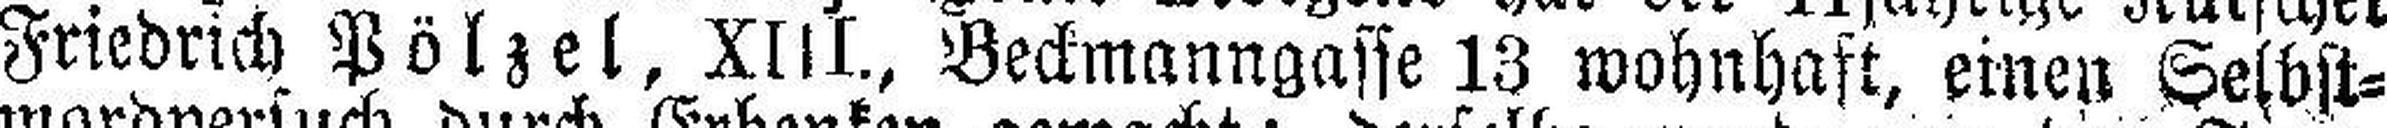
Friedrich Pölzel, XIII., Beckmanngasse 13 wohnhaft, einen Selbst¬